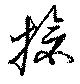
搶